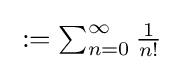
{\textstyle \mathbb {e} :=\sum _{n=0}^{\infty }{\frac {1}{n!}}}